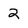
Character: 2